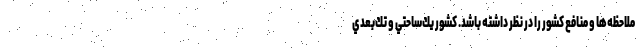
ملاحظه‌ها و منافع كشور را در نظر داشته باشد. كشور يك‌ساحتي و تك‌بعدي